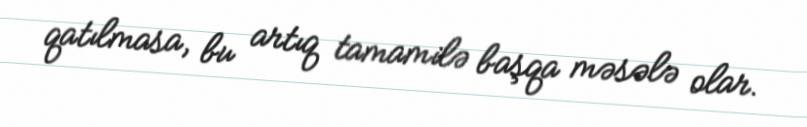
qatılmasa, bu artıq tamamilə başqa məsələ olar.